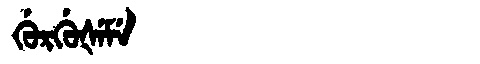
Manchu: ᡤᡠᡵᡤᡠᡧᡝᠮᡝ
Romanization: GURGUŠEME